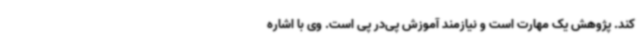
کند. پژوهش یک مهارت است و نیازمند آموزش پی‌در پی‌ است. وی با اشاره